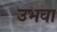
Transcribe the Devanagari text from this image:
उभवा